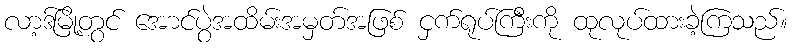
လာ့ဒ်မြို့တွင် အောင်ပွဲအထိမ်းအမှတ်အဖြစ် ငှက်ရုပ်ကြီးကို ထုလုပ်ထားခဲ့ကြသည်။